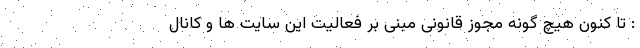
: تا کنون هیچ گونه مجوز قانونی مبنی بر فعالیت این سایت ها و کانال